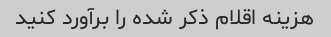
هزینه اقلام ذکر شده را برآورد کنید